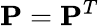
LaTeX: \mathbf{P}=\mathbf{P}^{T}